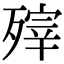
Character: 㱰